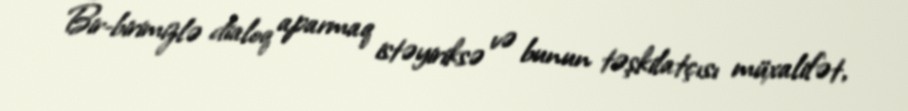
Bir-birimizlə dialoq aparmaq istəyiriksə və bunun təşkilatçısı müxalifət,